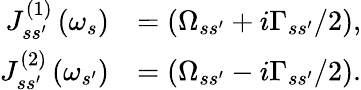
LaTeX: \begin{array}{rl}{J_{ss^{\prime}}^{\left(1\right)}\left(\omega_{s}\right)}&{=\left(\Omega_{ss^{\prime}}+i\Gamma_{ss^{\prime}}/2\right),}\\ {J_{ss^{\prime}}^{\left(2\right)}\left(\omega_{s^{\prime}}\right)}&{=\left(\Omega_{ss^{\prime}}-i\Gamma_{ss^{\prime}}/2\right).}\end{array}